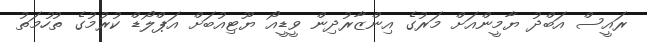
ރައީސް އަބްދު ޔާމީންއަށް މަރުގެ އިންޒާރުދިން ވީޑީއޯ ޔޫޓިއުބަށް އަޕްލޯޑް ކުރުމުގެ ތުހުމަތު